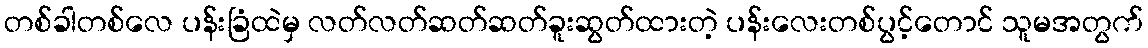
တစ်ခါတစ်လေ ပန်းခြံထဲမှ လတ်လတ်ဆတ်ဆတ်ခူးဆွတ်ထားတဲ့ ပန်းလေးတစ်ပွင့်တောင် သူမအတွက်